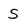
Character: S